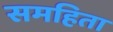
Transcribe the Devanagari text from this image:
समहिता